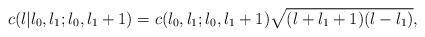
LaTeX: \begin{align*}c(l|l_{0},l_{1};l_{0},l_{1}+1) = c(l_{0},l_{1};l_{0},l_{1}+1)\sqrt{(l+l_{1}+1)(l-l_{1})},\end{align*}